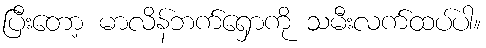
ပြီးတော့ မာလိန်ဘက်ရှောကို သမီးလက်ထပ်ပါ။